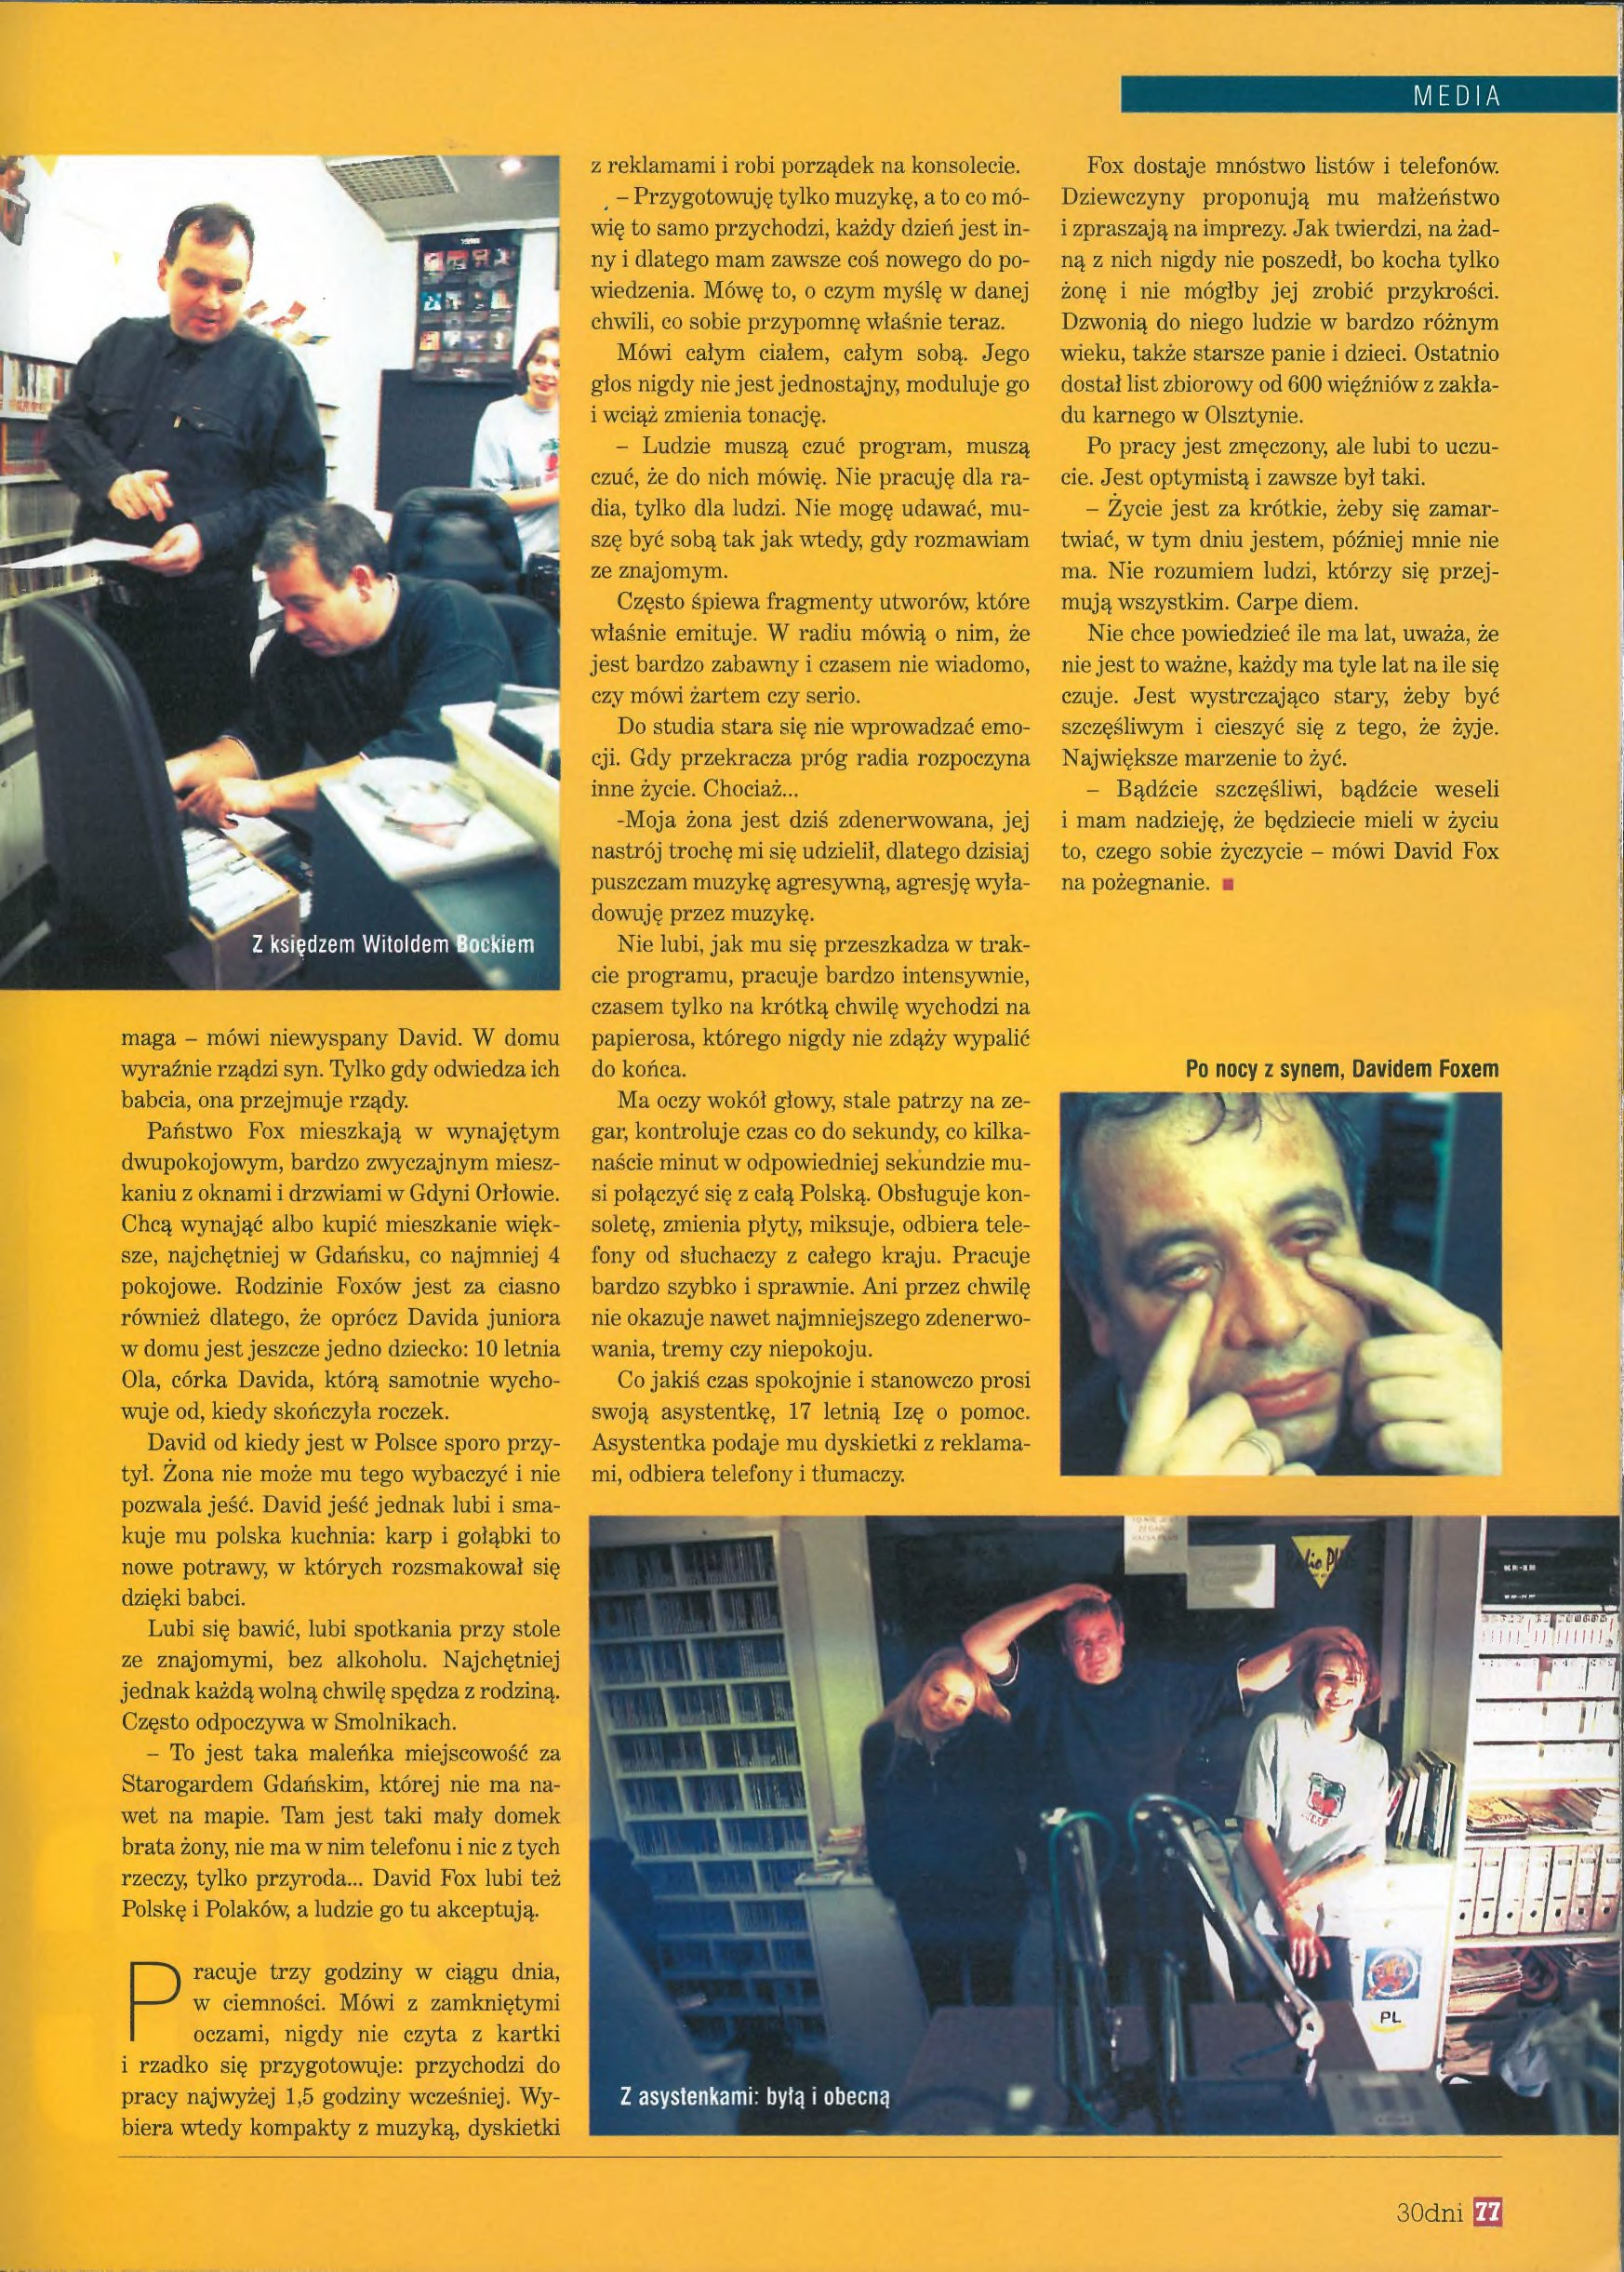
Language: pl